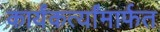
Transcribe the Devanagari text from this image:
कार्यंकर्त्यांमार्फत